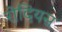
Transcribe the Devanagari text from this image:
रोदियस